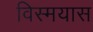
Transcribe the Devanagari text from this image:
विस्मयास